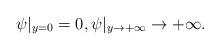
LaTeX: \begin{align*}\psi|_{y=0}=0,\psi|_{y\rightarrow+\infty}\rightarrow+\infty.\end{align*}